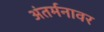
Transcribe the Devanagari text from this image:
अंतर्मनावर